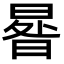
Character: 𣌿